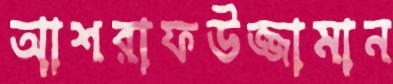
আশরাফউজ্জামান